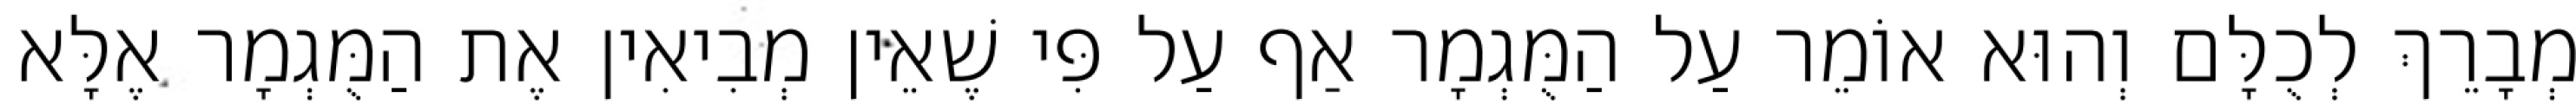
מְבָרֵךְ לְכֻלָּם וְהוּא אוֹמֵר עַל הַמֻּגְמָר אַף עַל פִּי שֶׁאֵין מְבִיאִין אֶת הַמֻּגְמָר אֶלָּא